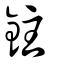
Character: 鉒